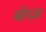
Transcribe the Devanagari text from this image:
बॉय्ज़